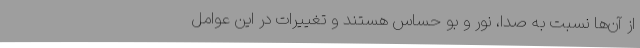
از آن‌ها نسبت به صدا، نور و بو حساس هستند و تغییرات در این عوامل